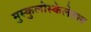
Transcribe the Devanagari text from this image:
मुस्कुलोस्केलेतल